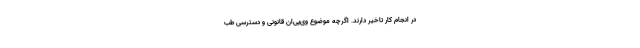
در انجام کار تاخیر دارند. اگرچه موضوع وی‌پی‌ان قانونی و دسترسی طب